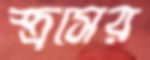
স্ত্রসের